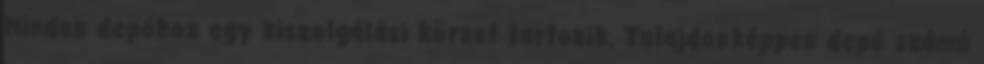
Minden depóhoz egy kiszolgálási körzet tartozik. Tulajdonképpen depó számú